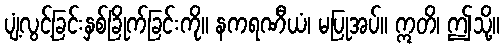
ပျံ့လွင့်ခြင်းနှစ်ခြိုက်ခြင်းကို။ နကရဏီယံ၊ မပြုအပ်။ ဣတိ၊ ဤသို့။